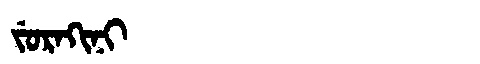
Manchu: ᠵᡠᡵᠠᡴᡳᠨᡳ
Romanization: JURAKINI